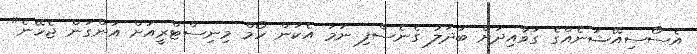
އެސޯސިއޭޝަނެއްގެ ގަވާއިދަށް ބަދަލު ގެނެސްފި ނަމަ އެކަން ހޯމް މިނިސްޓްރީއަށް އަންގަން ޖެހޭނެ"